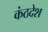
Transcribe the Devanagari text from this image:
कंठदेश